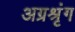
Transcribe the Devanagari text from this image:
अग्रश्रृंग